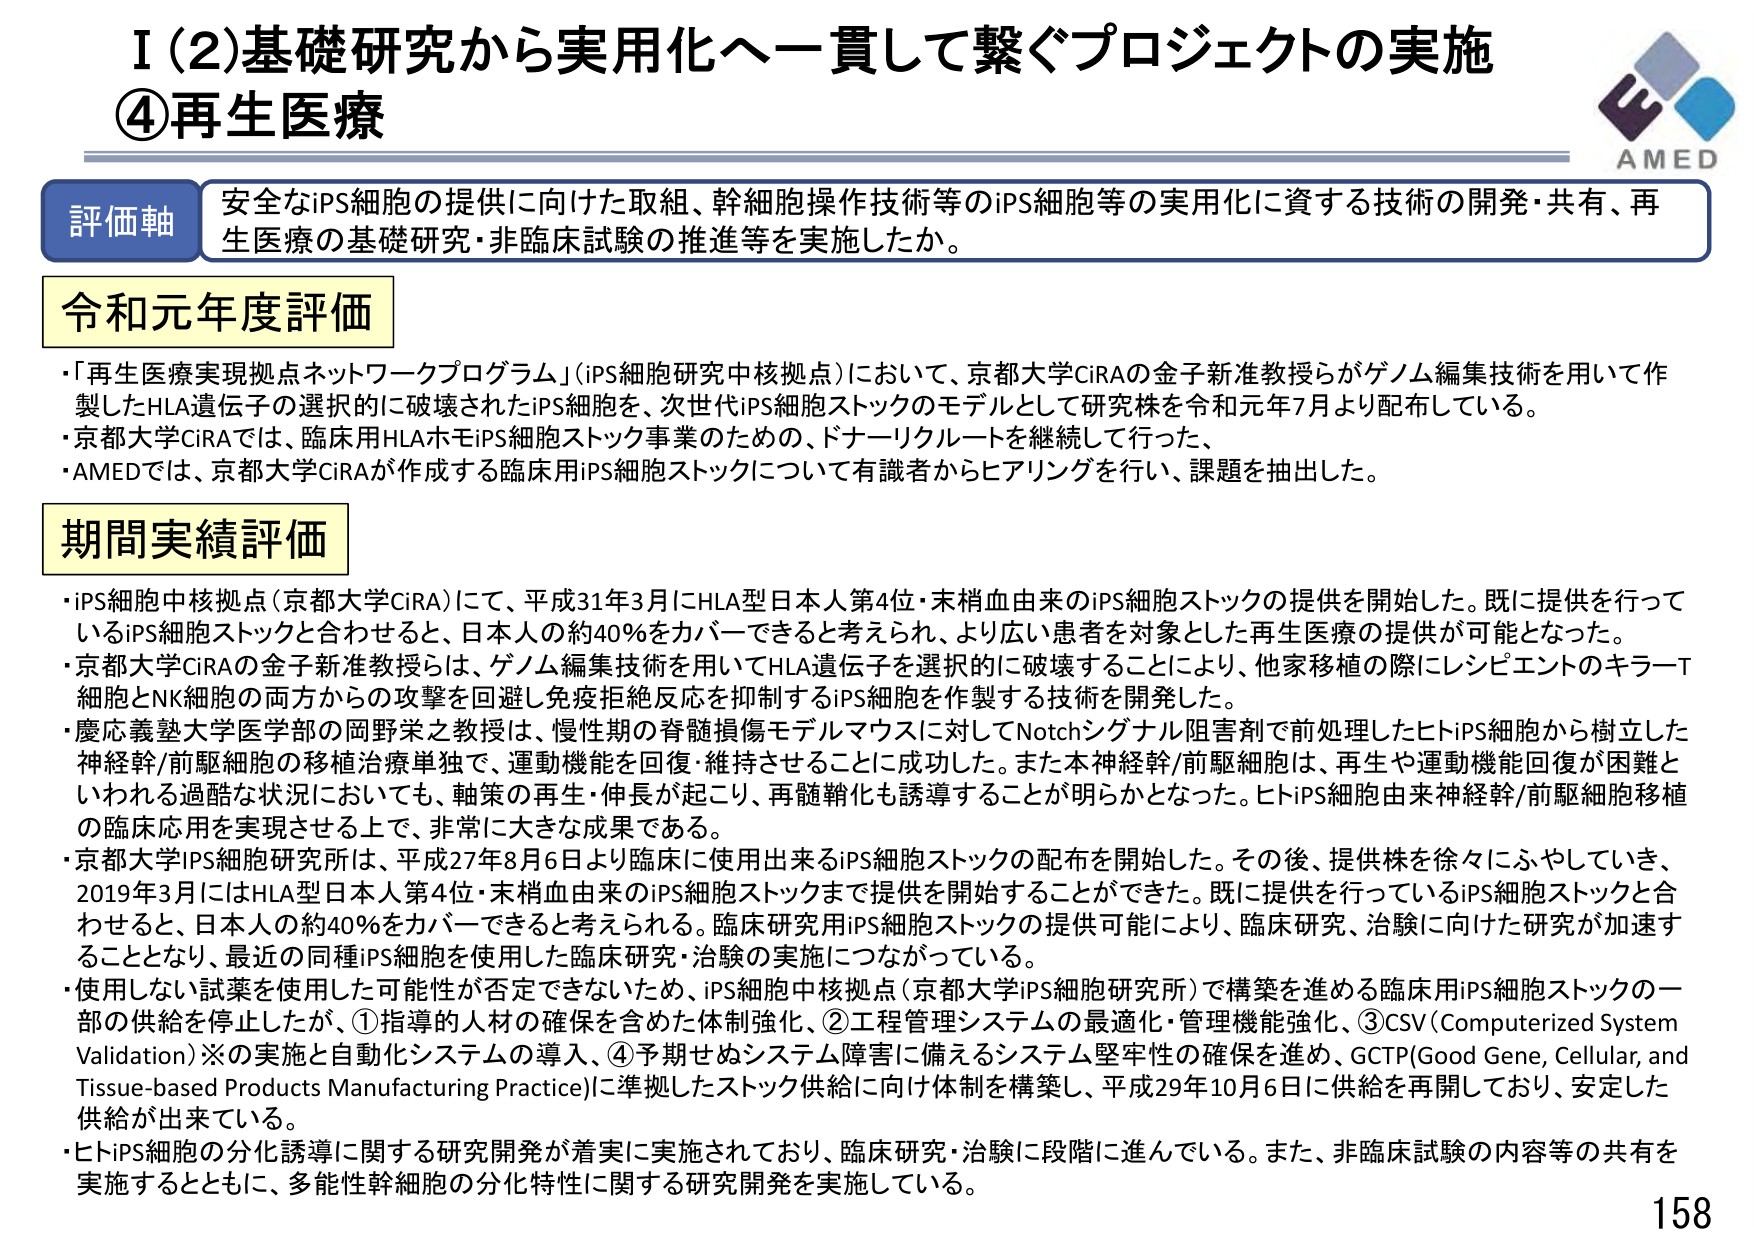
I（2）基礎研究から実用化へー貫して繋ぐプロジェクトの実施
④再生医療

評価軸
安全なiPS細胞の提供に向けた取組、幹細胞操作技術等のiPS細胞等の実用化に資する技術の開発・共有、再生医療の基礎研究・非臨床試験の推進等を実施したか。

令和元年度評価
・「再生医療実現拠点ネットワークプログラム」（iPS細胞研究中核拠点）において、京都大学CiRAの金子新准教授らがゲノム編集技術を用いて作製したHLA遺伝子の選択的に破壊されたiPS細胞を、次世代iPS細胞ストックのモデルとして研究株を令和元年7月より配布している。
・京都大学CiRAでは、臨床用HLAホモiPS細胞ストック事業のための、ドナーリクルートを継続して行った。
・AMEDでは、京都大学CiRAが作成する臨床用iPS細胞ストックについて有識者からヒアリングを行い、課題を抽出した。

期間実績評価
・iPS細胞中核拠点（京都大学CiRA）にて、平成31年3月にHLA型日本人第4位・末梢血由来のiPS細胞ストックの提供を開始した。既に提供を行っているiPS細胞ストックと合わせると、日本人の約40％をカバーできると考えられ、より広い患者を対象とした再生医療の提供が可能となった。
・京都大学CiRAの金子新准教授らは、ゲノム編集技術を用いてHLA遺伝子を選択的に破壊することにより、他家移植の際にレシピエントのキラーT細胞とNK細胞の両方からの攻撃を回避し免疫拒絶反応を抑制するiPS細胞を作製する技術を開発した。
・慶応義塾大学医学部の岡野栄之教授は、慢性期の脊髄損傷モデルマウスに対してNotchシグナル阻害剤で前処理したヒトiPS細胞から樹立した神経幹/前駆細胞の移植治療単独で、運動機能を回復・維持させることに成功した。また本神経幹/前駆細胞は、再生や運動機能回復が困難といわれる過酷な状況においても、軸索の再生・伸長が起こり、再髄鞘化も誘導することが明らかとなった。ヒトiPS細胞由来神経幹/前駆細胞移植の臨床応用を実現させる上で、非常に大きな成果である。
・京都大学iPS細胞研究所は、平成27年8月6日より臨床に使用出来るiPS細胞ストックの配布を開始した。その後、提供株を徐々にふやしていき、2019年3月にはHLA型日本人第4位・末梢血由来のiPS細胞ストックまで提供を開始することができた。既に提供を行っているiPS細胞ストックと合わせると、日本人の約40％をカバーできると考えられる。臨床研究用iPS細胞ストックの提供可能により、臨床研究、治験に向けた研究が加速することとなり、最近の同種iPS細胞を使用した臨床研究・治験の実施につながっている。
・使用しない試薬を使用した可能性が否定できないため、iPS細胞中核拠点（京都大学iPS細胞研究所）で構築を進める臨床用iPS細胞ストックの一部の供給を停止したが、①指導的人材の確保を含めた体制強化、②工程管理システムの最適化・管理機能強化、③CSV（Computerized System Validation）※の実施と自動化システムの導入、④予期せぬシステム障害に備えるシステム堅牢性の確保を進め、GCTP（Good Gene, Cellular, and Tissue-based Products Manufacturing Practice）に準拠したストック供給に向け体制を構築し、平成29年10月6日に供給を再開しており、安定した供給が出来ている。
・ヒトiPS細胞の分化誘導に関する研究開発が着実に実施されており、臨床研究・治験に段階に進んでいる。また、非臨床試験の内容等の共有を実施するとともに、多能性幹細胞の分化特性に関する研究開発を実施している。

AMED
158